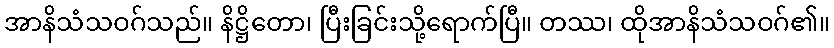
အာနိသံသဝဂ်သည်။ နိဋ္ဌိတော၊ ပြီးခြင်းသို့ရောက်ပြီ။ တဿ၊ ထိုအာနိသံသဝဂ်၏။